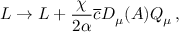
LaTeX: { \cal L } \rightarrow { \cal L } + \frac { \chi } { 2 \alpha } \overline { { { c } } } D _ { \mu } ( A ) Q _ { \mu } \, ,